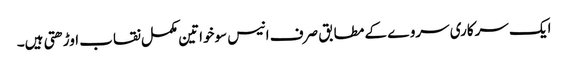
ایک سرکاری سروے کے مطابق صرف انیس سوخواتین مکمل نقاب اوڑھتی ہیں۔